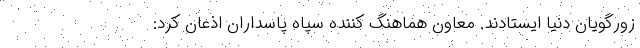
زورگویان دنیا ایستادند. معاون هماهنگ کننده سپاه پاسداران اذعان کرد: